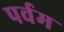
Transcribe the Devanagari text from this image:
पर्वम